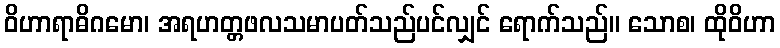
ဝိဟာရာဓိဂမော၊ အရဟတ္တဖလသမာပတ်သည်ပင်လျှင် ရောက်သည်။ သောစ၊ ထိုဝိဟာ